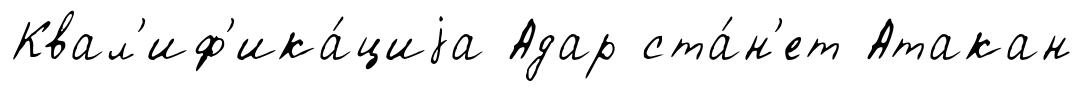
Квал'иф'ика́циjа Адар ста́н'ет Атакан